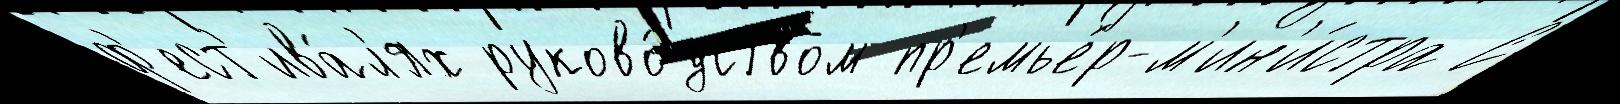
ф'ест'ива́л'ях руково́дством пр'емье́р-м'ин'и́стра С